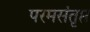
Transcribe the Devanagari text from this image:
परमसंतृप्त